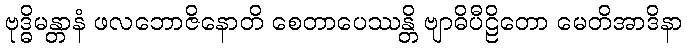
ဗုဒ္ဓိမန္တာနံ ဖလဘောဇိနောတိ စေတာပေဿန္တိ ဗျာဓိပီဠိတော မေတိအာဒိနာ